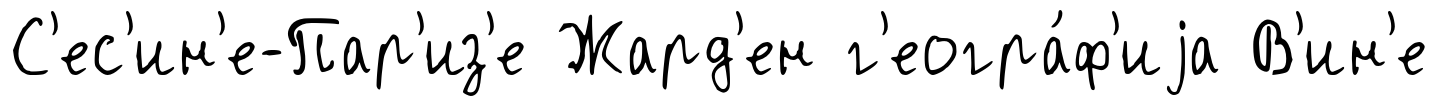
С'ес'ин'е-Пар'из'е Жард'ен г'еогра́ф'иjа В'ин'е